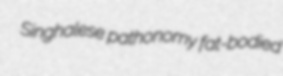
Singhalese pathonomy fat-bodied